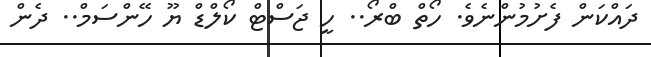
ދައްކަން ފެށުމުންނެވެ. ހޯތް ބްރޯ.. ހީ ޖަސްޓް ކޯލްޑް ޔޫ ހޭންސަމް.. ދެން